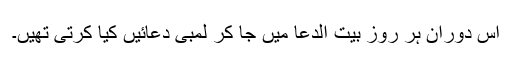
اس دوران ہر روز بیت الدعا میں جا کر لمبی دعائیں کیا کرتی تھیں۔